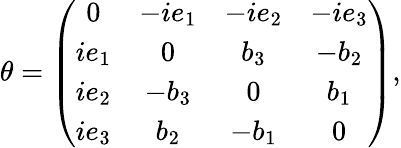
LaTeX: \theta=\left(\begin{array}{cccc}{{0}}&{{-ie_{1}}}&{{-ie_{2}}}&{{-ie_{3}}}\\ {{ie_{1}}}&{{0}}&{{b_{3}}}&{{-b_{2}}}\\ {{ie_{2}}}&{{-b_{3}}}&{{0}}&{{b_{1}}}\\ {{ie_{3}}}&{{b_{2}}}&{{-b_{1}}}&{{0}}\end{array}\right),